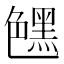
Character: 𰰛